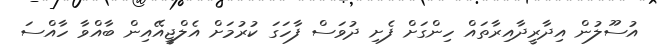
އުސޫލުން އިދާރީދާއިރާތައް ހިންގަށް ފެށި ދުވަސް ފާހަގަ ކުރުމަށް އެލްޖީއޭއިން ބާއްވާ ހާއްސަ